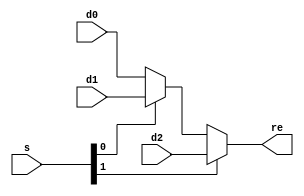
`timescale 1ns / 1ps

module mux3 #(parameter WIDTH = 8)
(
	input [WIDTH-1:0]d0,d1,d2,
	input [1:0]s,
	output [WIDTH-1:0]re);

assign re = s[1] ? d2 : (s[0] ? d1 : d0);

endmodule